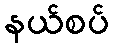
နယ်စပ်